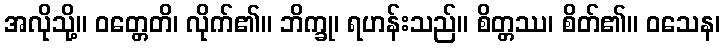
အလိုသို့။ ဝတ္တေတိ၊ လိုက်၏။ ဘိက္ခု၊ ရဟန်းသည်။ စိတ္တဿ၊ စိတ်၏။ ဝသေန၊